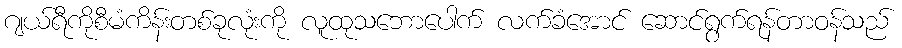
ဂျယ်ရီကိုစီမံကိန်းတစ်ခုလုံးကို လူထုသဘောပေါက် လက်ခံအောင် ဆောင်ရွက်ရန်တာဝန်သည်